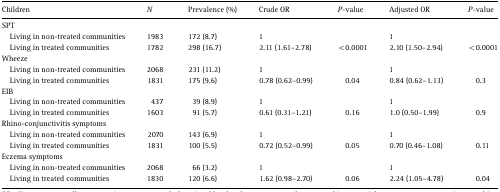
| Children | N | Prevalence (%) | Crude OR | P-value | Adjusted OR | P-value |
 | --- | --- | --- | --- | --- | --- | --- |
 | <COLSPAN=7> SPT |
 | Living in non-treated communities | 1983 | 172 (8.7) | 1 |  | 1 |  |
 | Living in treated communities | 1782 | 298 (16.7) | 2.11 (1.61–2.78) | <0.0001 | 2.10 (1.50–2.94) | <0.0001 |
 | <COLSPAN=7> Wheeze |
 | Living in non-treated communities | 2068 | 231 (11.2) | 1 |  | 1 |  |
 | Living in treated communities | 1831 | 175 (9.6) | 0.78 (0.62–0.99) | 0.04 | 0.84 (0.62–1.13) | 0.3 |
 | <COLSPAN=7> EIB |
 | Living in non-treated communities | 437 | 39 (8.9) | 1 |  | 1 |  |
 | Living in treated communities | 1603 | 91 (5.7) | 0.61 (0.31–1.21) | 0.16 | 1.0 (0.50–1.99) | 0.9 |
 | <COLSPAN=7> Rhino-conjunctivitis symptoms |
 | Living in non-treated communities | 2070 | 143 (6.9) | 1 |  | 1 |  |
 | Living in treated communities | 1831 | 100 (5.5) | 0.72 (0.52–0.99) | 0.05 | 0.70 (0.46–1.08) | 0.11 |
 | <COLSPAN=7> Eczema symptoms |
 | Living in non-treated communities | 2068 | 66 (3.2) | 1 |  | 1 |  |
 | Living in treated communities | 1830 | 120 (6.6) | 1.62 (0.98–2.70) | 0.06 | 2.24 (1.05–4.78) | 0.04 |